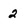
Character: 2